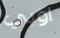
اوبي